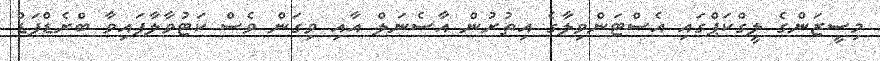
މިސީޒަންގެ ލީގްކަޕްގައި އެސްޓަންވިލާގެ އިތުރުން އާސެނަލް އާއި ވިގަން ވެސް ކަޓުވާލާފައިވާ ބްރެޑްފަޑް